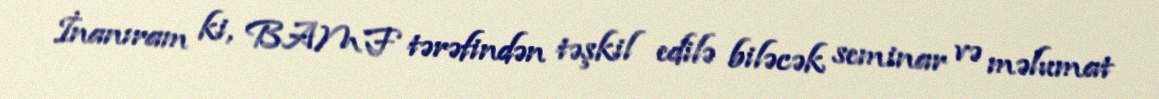
İnanıram ki, BAMF tərəfindən təşkil edilə biləcək seminar və məlumat